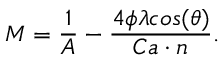
M = \frac { 1 } { A } - \frac { 4 \phi \lambda c o s ( \theta ) } { C a \cdot n } .